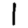
Digit: 1